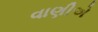
વાણીએ